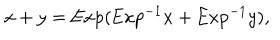
LaTeX: x + y = \mathrm { E x p } ( \mathrm { E x p } ^ { - 1 } x + \mathrm { E x p } ^ { - 1 } y ) ,